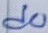
Text: d0